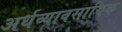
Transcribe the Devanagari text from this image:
अर्धव्यावसायिक